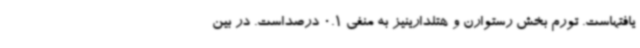
یافتهاست. تورم بخش رستوارن و هتلدارینیز به منفی 0.1 درصداست. در بین